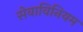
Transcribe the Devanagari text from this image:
सेवाविनियम